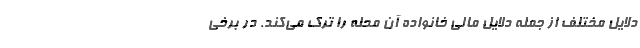
دلایل مختلف از جمله دلایل مالی خانواده آن محله را ترک می‌کند. در برخی